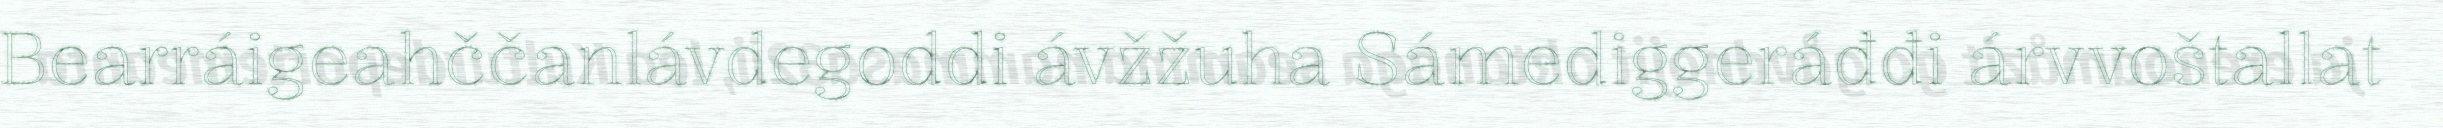
Bearráigeahččanlávdegoddi ávžžuha Sámediggeráđđi árvvoštallat